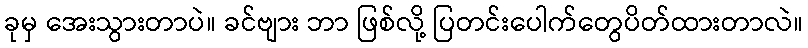
ခုမှ အေးသွားတာပဲ။ ခင်ဗျား ဘာ ဖြစ်လို့ ပြတင်းပေါက်တွေပိတ်ထားတာလဲ။